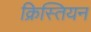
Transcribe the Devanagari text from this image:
क्रिस्तियन